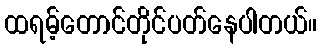
ထရမ့်တောင်တိုင်ပတ်နေပါတယ်။